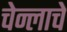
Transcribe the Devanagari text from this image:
चेन्लाचे